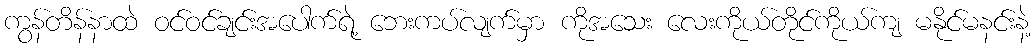
ကွန်တိန်နာထဲ ဝင်ဝင်ချင်းအပေါက်ရဲ့ ဘေးကပ်လျက်မှာ ကိုအသေး လေးကိုယ်တိုင်ကိုယ်ကျ မနိုင်မနင်းနဲ့